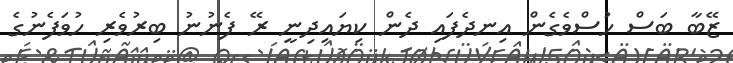
ޒޭބާ ބަސް ހުސްވެގެން އިނދެފައި ދެން ކިޔައިދިނީ ރޭ ފެނުނު ބިރުވެރި ހުވަފެނުގެ